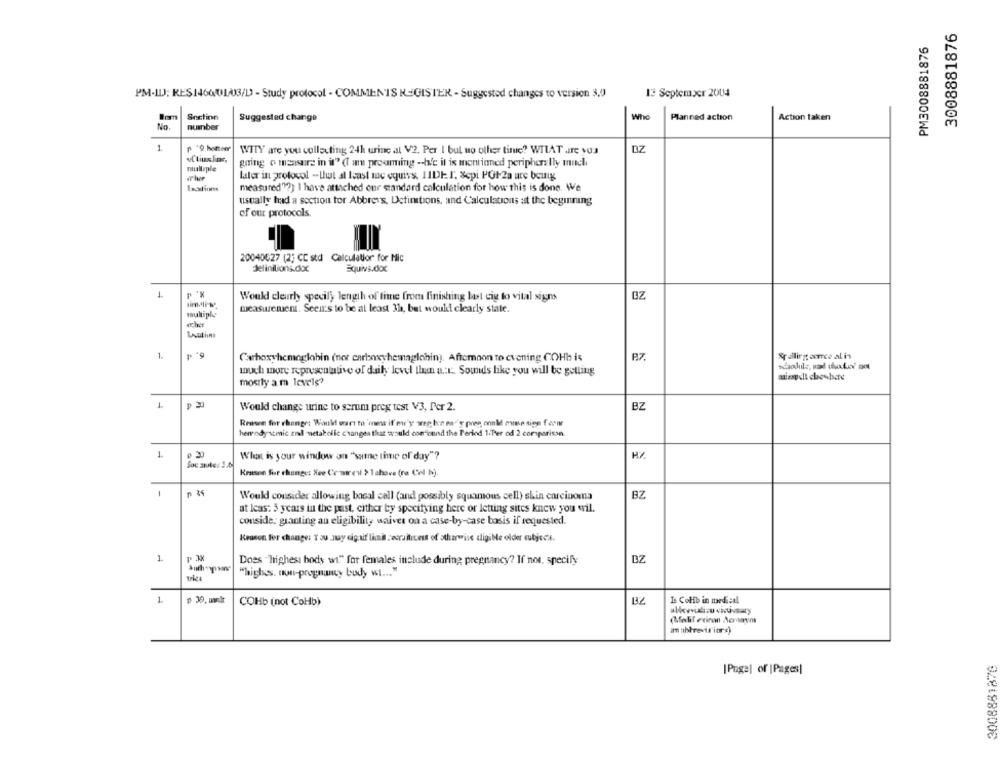
3008881876
PM3008881876
PM-ILJ: RES146001/3/D - Study protocol - COMMENTS REGISTER - Suggested changes to version 3,0
13 September 2004
Bom
Snctinn
Who
Suggested change
Planned action
Action taken
No.
number
1
WITY are you collecting 24h urine at V2. Per I but no other time? WHAT are you
DZ
multiple
going o measure in it" (I am proaming -h'e it is mentioned peripherally much
later in protocol -that at least me equivs. IIDEI. Sepi POt-2a are being
measured ?? ) I have attached our standard calculation for how this is done. We
usually had a section tor Abbrevs, Definitions, and Calculations at the beginning
of our protocols.
20040627 (2) CE std Calculation for Nic
Jelinilions.doc
1
Would clearly specily length of time from finishing last cig to vital signs
OZ
measurement. Seeir's to be at least 3h, but would clearly state.
multiple
echer
6. 4
1
Carboxyhemoglobin (nor carboxyhemaglobin). Afternoon to evening COHb is
Stalling ance al in
much more representative of daily level than a:E. Sounds like you will be getting
mostly a.m levels?
L
Would change urine to serum preg test V3, Per 2.
BZ
Reason for change: Would scart to 'mnes if er'ye weg ben ead'y prep, onnld mime sign fenn
henrody semic and netakolic changes that would con cuind the Period 1.Per od 2 comparison
1.
0 20
What is your window on "same time of day"?
Krasse for changet See Ce aren > 1 above (ra (el N).
1
BZ
Would consider allowing bosal call (and possibly squamous cell) skin carcinoma
at Icas: 3 years in the past, cither by specifying here or letting sites knew you wil.
conside, granting au eligibility waiver on a case-by-case basis if requested.
Keason fer change: Y ou muy cigaif limit :ecritrest of stharwise digi be older subjects.
1
Does "highest body wi." for females include during pregnancy? If not. specify
DZ
trika
"highes. un-pregnancy budy w ... "
1.
p 30, umult
COHb (not CoHb)
Is CoHb in medical
allowwili.u chuvaaty
(Melif exinan Acmaym
3008881876
[Page] of |Pages)